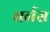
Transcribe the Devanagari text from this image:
बर्नस